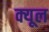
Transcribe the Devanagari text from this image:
क्यूल